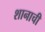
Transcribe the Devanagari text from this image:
शानाची